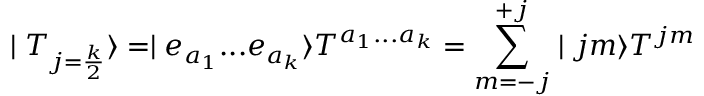
\mid T _ { j = \frac { k } { 2 } } \rangle = \mid e _ { a _ { 1 } } . . . e _ { a _ { k } } \rangle T ^ { a _ { 1 } . . . a _ { k } } = \sum _ { m = - j } ^ { + j } \mid j m \rangle T ^ { j m }